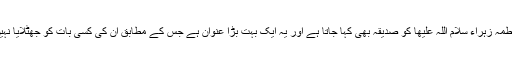
حضرت فاطمہ زہراء سلام اللہ علیھا کو صدیقہ بھی کہا جاتا ہے اور یہ ایک بہت بڑا عنوان ہے جس کے مطابق ان کی کسی بات کو جھٹلایا نہیں جا سکتا۔